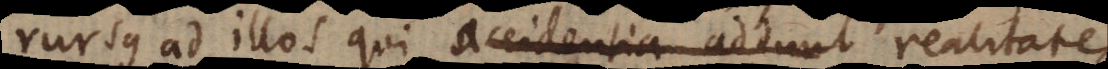
rursus ad illos qui accidentia addunt realitates